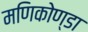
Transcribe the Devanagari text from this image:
मणिकोण्डा